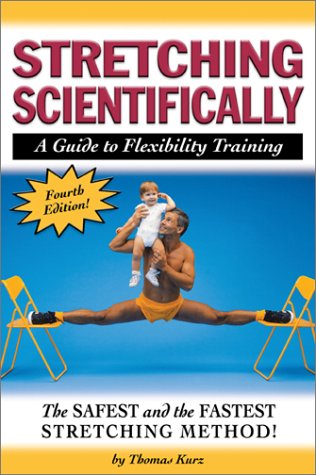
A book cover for Stretching Scientifically: A Guide to Flexibility Training; Thomas Kurz; Health, Fitness & Dieting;